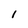
Character: 1